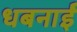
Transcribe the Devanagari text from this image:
धबनाईे